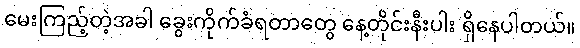
မေးကြည့်တဲ့အခါ ခွေးကိုက်ခံရတာတွေ နေ့တိုင်းနီးပါး ရှိနေပါတယ်။